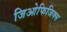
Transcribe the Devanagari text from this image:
जिओफिजिक्स